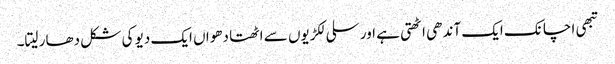
تبھی اچانک ایک آندھی اٹھتی ہے اور سلی لکڑیوں سے اٹھتا دھواں ایک دیو کی شکل دھار لیتا۔